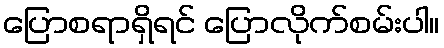
ပြောစရာရှိရင် ပြောလိုက်စမ်းပါ။